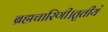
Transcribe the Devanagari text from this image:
ब्रह्मचारिणी।तृतीयं